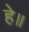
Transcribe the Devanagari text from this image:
हे॥